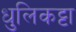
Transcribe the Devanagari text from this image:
धुलिकट्टा